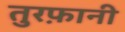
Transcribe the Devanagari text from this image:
तुरफ़ानी